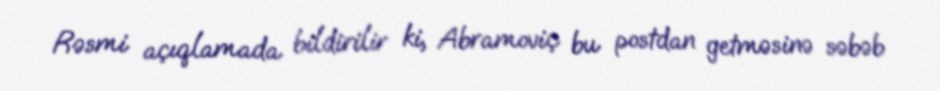
Rəsmi açıqlamada bildirilir ki, Abramoviç bu postdan getməsinə səbəb